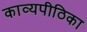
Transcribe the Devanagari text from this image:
काव्यपीठिका